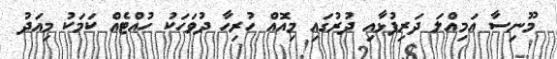
މޫނިސާ އަމިއްލަ ދަރިފުޅާއި ދުރުގައި މިއޮއް ހުރިހާ ދުވަހަކު ހުއްޓެއް ކަމަކު މިއަދު